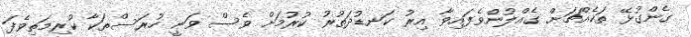
ގެންގުޅޭ ތަކެއްޗަށް ގެއްލުންވެފައިވާ އިރު ކަނޑުދަތުރު ކުރުމަށް ވެސް ވަނީ ހުރަސްތަކާ ކުރިމަތިވެފަ